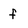
Character: f